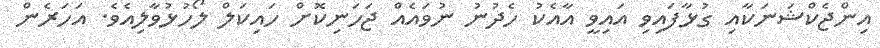
އިންޖެކްޝަނަކާއި ގުޅާފައިވި އައިވީ އާއެކު ހެދުނު ނުވައެއް ޖަހަނިކޮށް ހައިކަލް ލޯހުޅުވާލިއެވެ. އަހަރެން